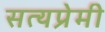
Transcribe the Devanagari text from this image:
सत्यप्रेमी